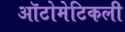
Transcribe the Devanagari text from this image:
ऑटोमेटिकली